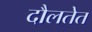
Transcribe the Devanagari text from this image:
दौलतेत